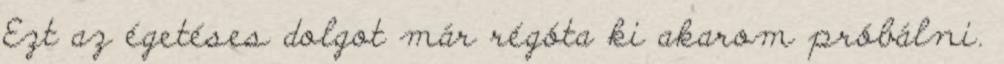
Ezt az égetéses dolgot már régóta ki akarom próbálni.